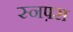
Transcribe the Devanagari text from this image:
स्नफ़्स